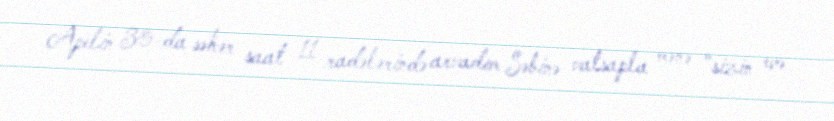
Apelin 30-da səhər saat 11 radələrində arvadım Səbinə vatsapla mənə “sizin evə